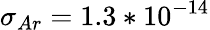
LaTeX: \sigma_{Ar}=1.3*10^{-14}